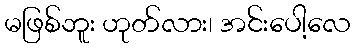
မဖြစ်ဘူး ဟုတ်လား၊ အင်းပေါ့လေ